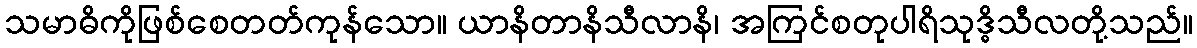
သမာဓိကိုဖြစ်စေတတ်ကုန်သော။ ယာနိတာနိသီလာနိ၊ အကြင်စတုပါရိသုဒ္ဓိသီလတို့သည်။